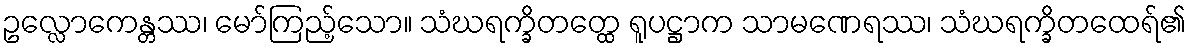
ဥလ္လောကေန္တဿ၊ မော်ကြည့်သော။ သံဃရက္ခိတတ္ထေ ရူပဋ္ဌာက သာမဏေရဿ၊ သံဃရက္ခိတထေရ်၏